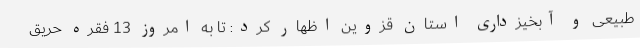
طبیعی و آبخیزداری استان قزوین اظهار کرد: تا به امروز 13 فقره حریق